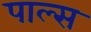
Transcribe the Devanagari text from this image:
पाल्स